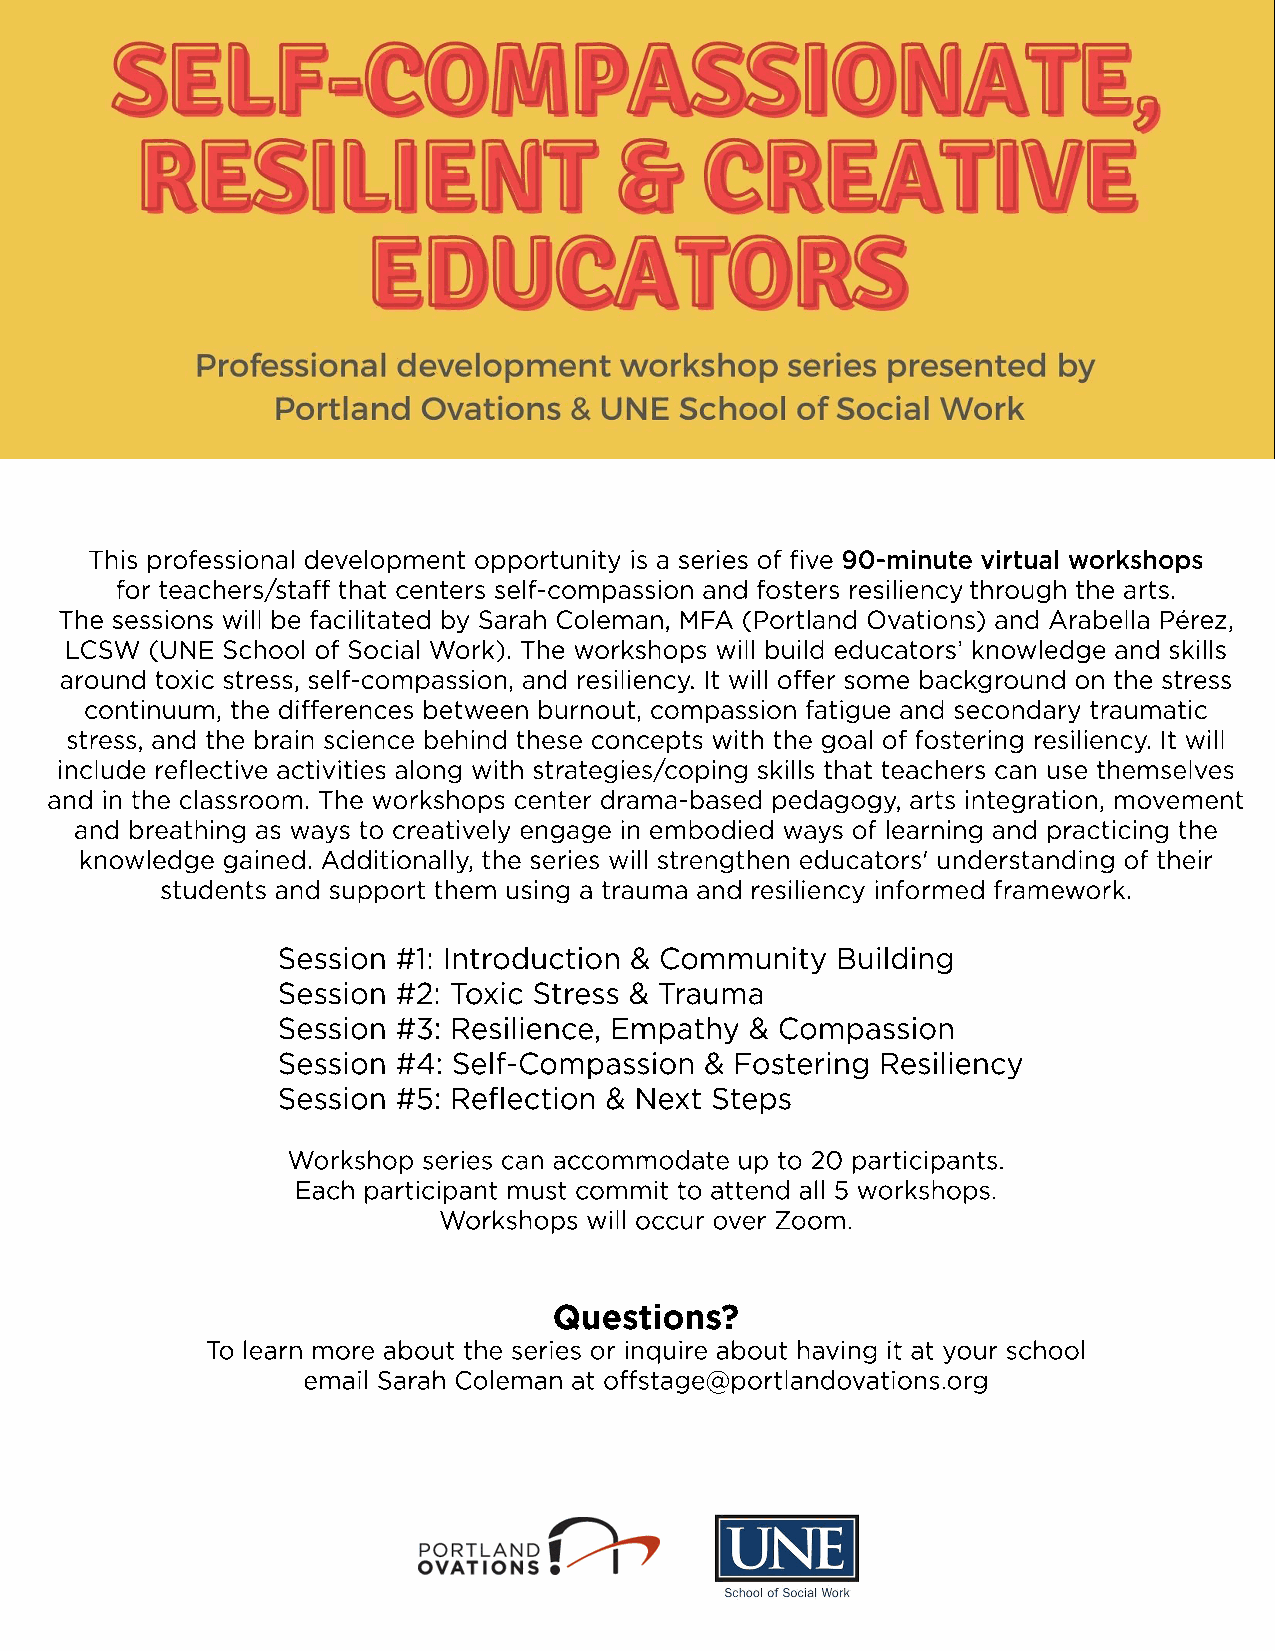
This professional development opportunity is a series of five 90-minute virtual workshops
 for teachers/staff that centers self-compassion and fosters resiliency through the arts.
 TThe sessions will be facilitated by Sarah Coleman, MFA (Portland Ovations) and Arabella Pérez,
 LCSW  (UNE School of Social Work). The workshops will build educators’ knowledge and skills
 around toxic stress, self-compassion, and resiliency. It will offer some background on the stress
 continuum, the differences between burnout, compassion fatigue and secondary traumatic
 stress, and the brain science behind these concepts with the goal of fostering resiliency. It will
 iinncclluuddee reflective activities along with strategies/coping skills that teachers can use themselves
 and in the classroom. The workshops center drama-based pedagogy, arts integration, movement
 and breathing as ways to creatively engage in embodied ways of learning and practicing the
 knowledge gained. Additionally, the series will strengthen educators' understanding of their
 students and support them using a trauma and resiliency informed framework.
 Session #1: Introduction & Community Building
 Session #2: Toxic Stress & Trauma
 Session #3: Resilience, Empathy & Compassion
 Session #4: Self-Compassion  & Fostering Resiliency
 Session #5: Reflection & Next Steps
 Workshop series can accommodate up to 20 participants.
 Each participant must commit to attend all 5 workshops.
 Workshops will occur over Zoom.
 Questions?
 TTo learn more about the series or inquire about having it at your school
 email Sarah Coleman at offstage@portlandovations.org